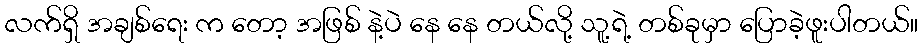
လက်ရှိ အချစ်ရေး က တော့ အဖြစ် နဲ့ပဲ နေ နေ တယ်လို့ သူ့ရဲ့ တစ်ခုမှာ ပြောခဲ့ဖူးပါတယ်။